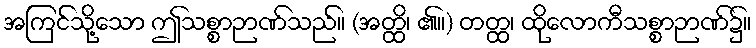
အကြင်သို့သော ဤသစ္စာဉာဏ်သည်။ (အတ္ထိ၊ ၏။) တတ္ထ၊ ထိုလောကီသစ္စာဉာဏ်၌။